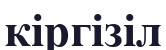
кіргізіл